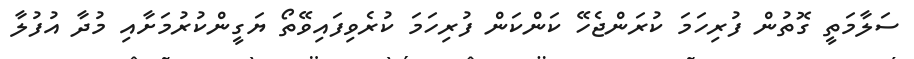
ސަލާމަތީ ގޮތުން ފުރިހަމަ ކުރަންޖެހޭ ކަންކަން ފުރިހަމަ ކުރެވިފައިވޭތޯ ޔަގީންކުރުމަށާއި މުދާ އުފުލާ